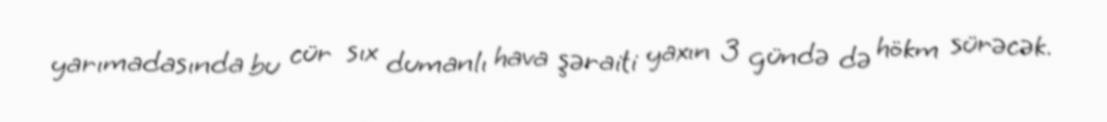
yarımadasında bu cür sıx dumanlı hava şəraiti yaxın 3 gündə də hökm sürəcək.